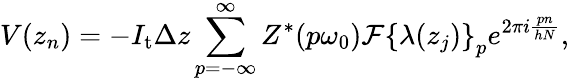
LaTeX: V(z_{n})=-I_{\mathrm{t}}\Delta z\sum_{p=-\infty}^{\infty}Z^{\ast}(p\omega_{0})\mathcal{F}\left\{ \lambda(z_{j})\right\} _{p}e^{2\pi i\frac{pn}{hN}},